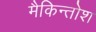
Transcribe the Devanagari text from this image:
मैकिन्तोश